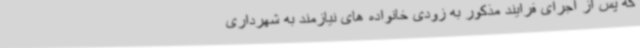
که پس از اجرای فرایند مذکور به زودی خانواده های نیازمند به شهرداری